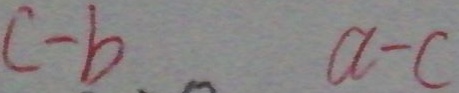
c - b a - c